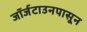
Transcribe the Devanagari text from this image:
जॉर्जटाउनपासून